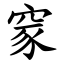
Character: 䆥